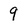
Character: 9